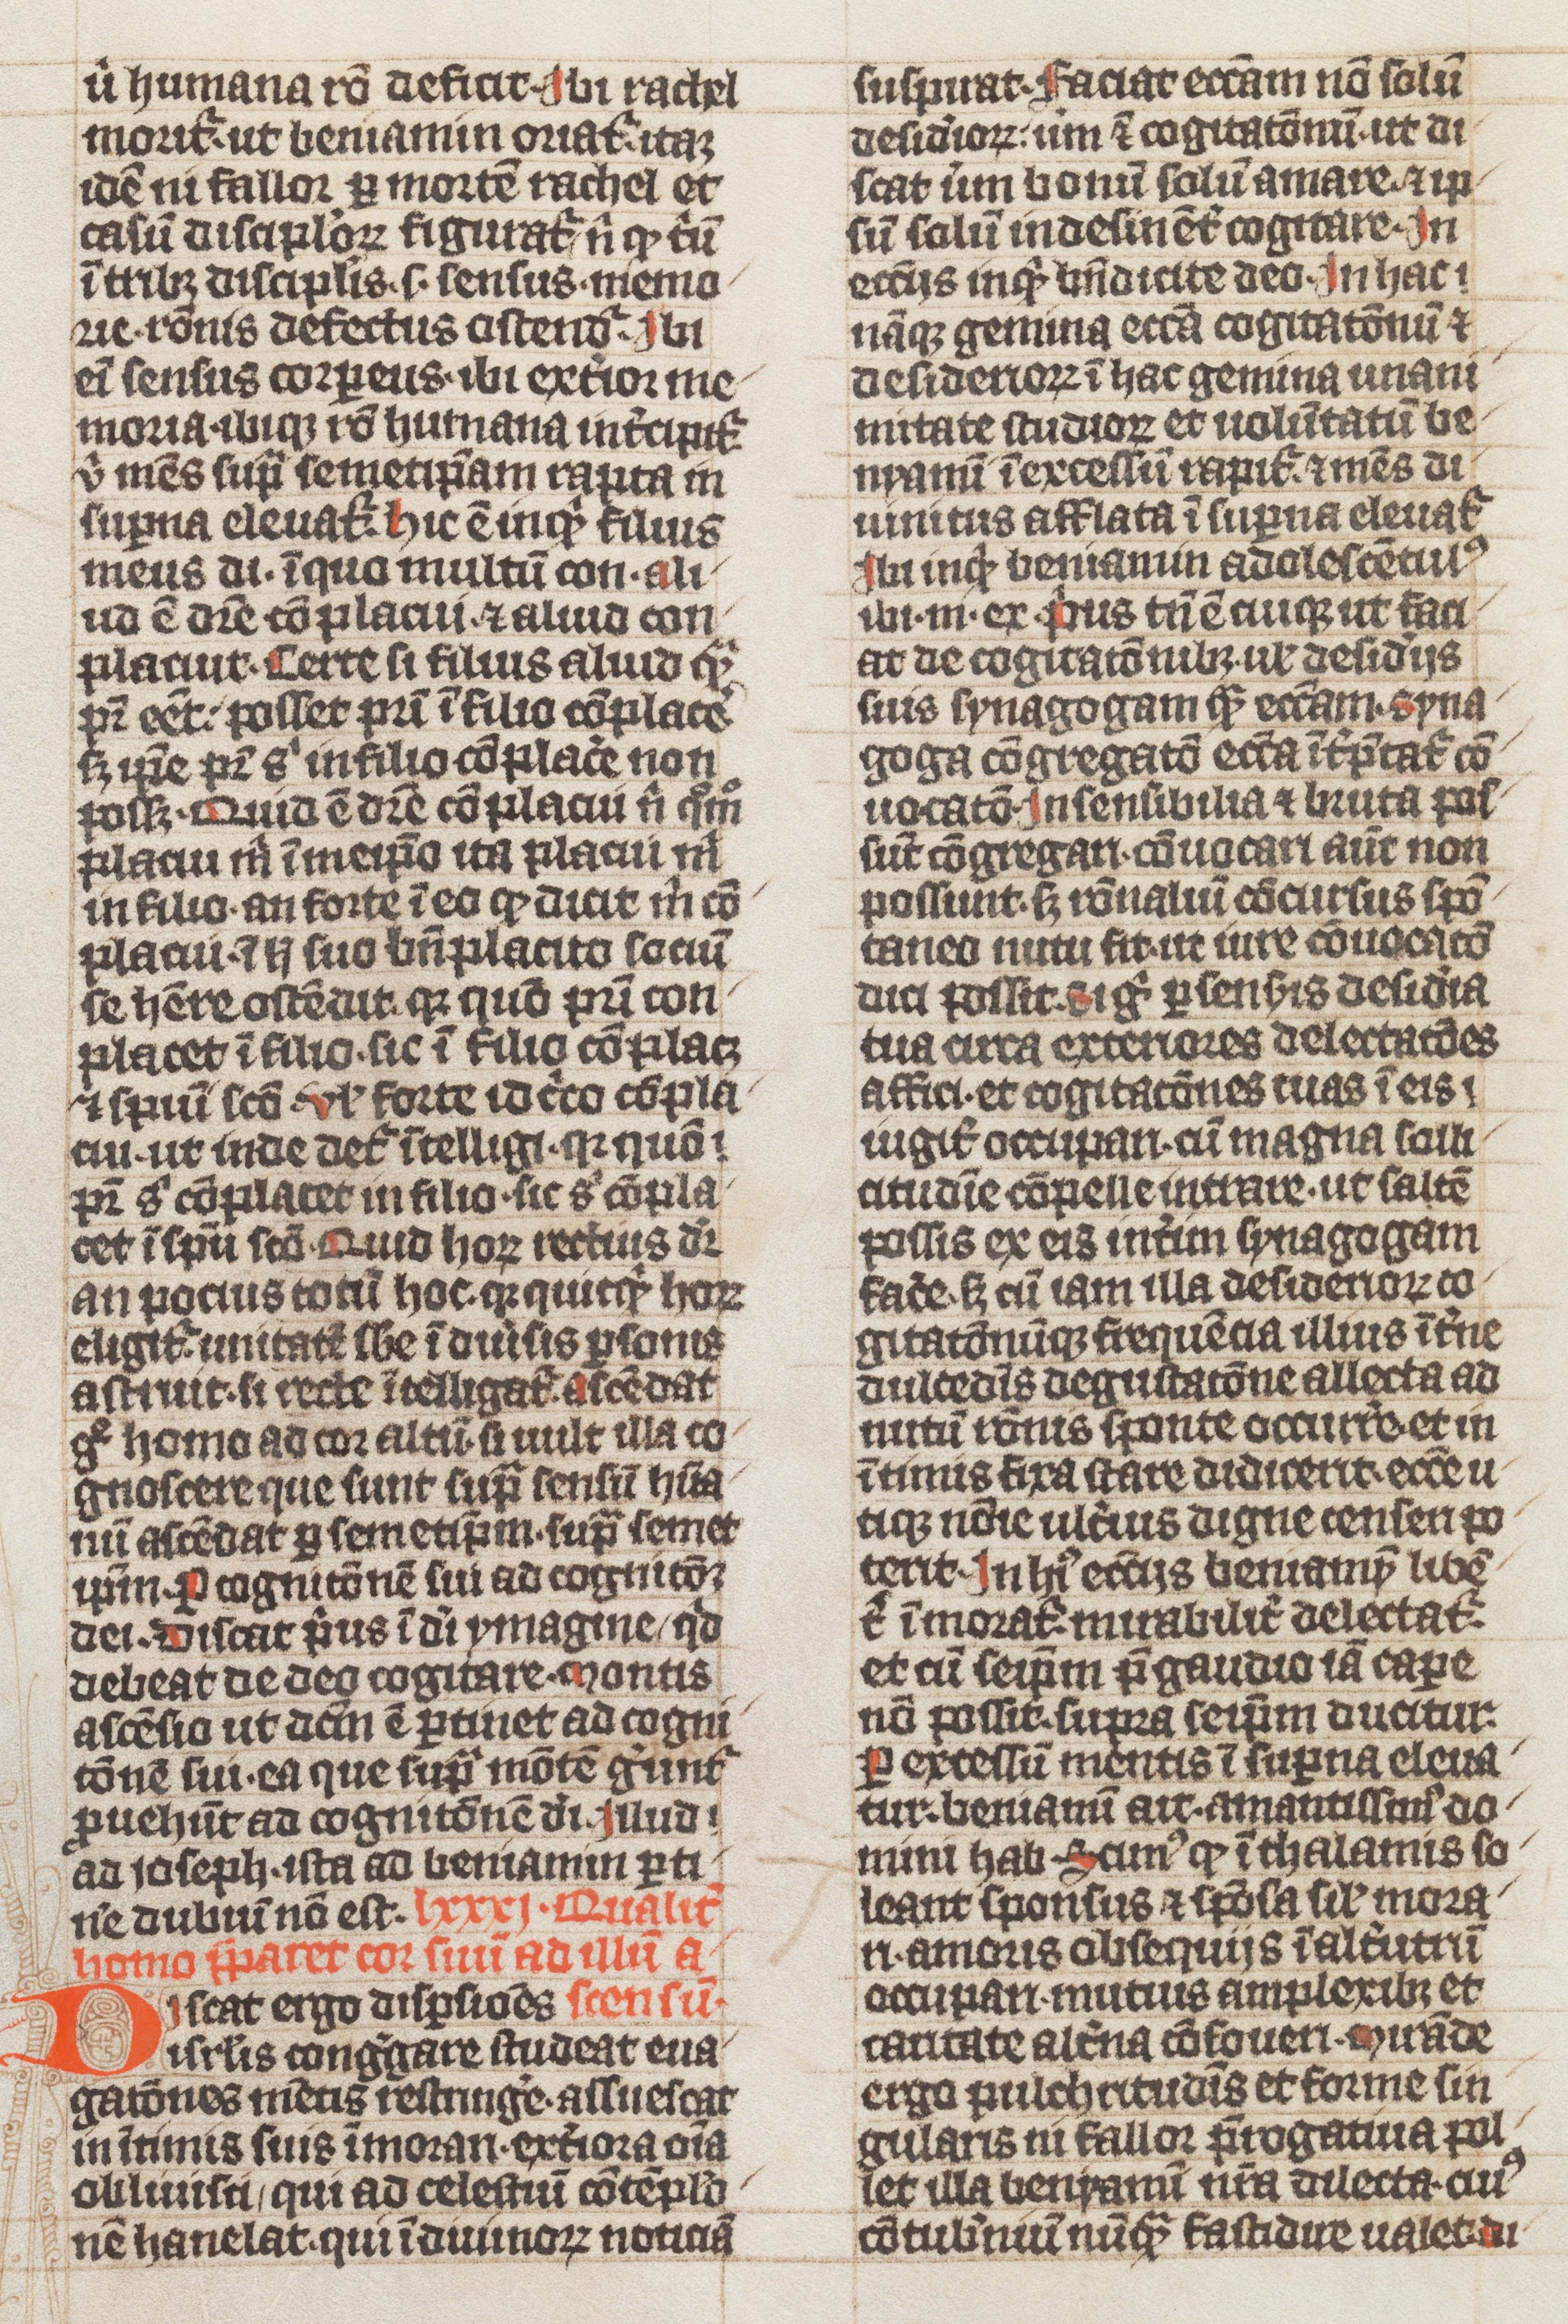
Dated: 1339–1340